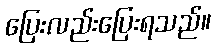
ပြေးလည်းပြေးရသည်။